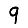
Digit: 9